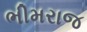
ભીમરાજ